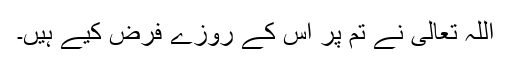
اللہ تعالیٰ نے تم پر اس کے روزے فرض کیے ہیں۔